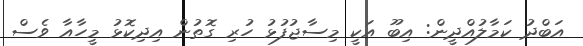
އަބްދު ކަމާލުއްދީން: އިބޫ އަކީ މިސާޖުފުޅު ހުރި ގޮތުން އިދިކޮޅު މީހާއާ ވެސް